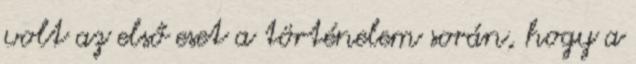
volt az első eset a történelem során, hogy a